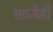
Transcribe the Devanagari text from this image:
साध्येही